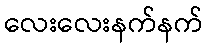
လေးလေးနက်နက်